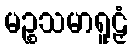
မဉ္စသမာရူဠှံ